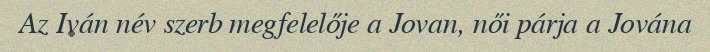
Az Iván név szerb megfelelője a Jovan, női párja a Jována